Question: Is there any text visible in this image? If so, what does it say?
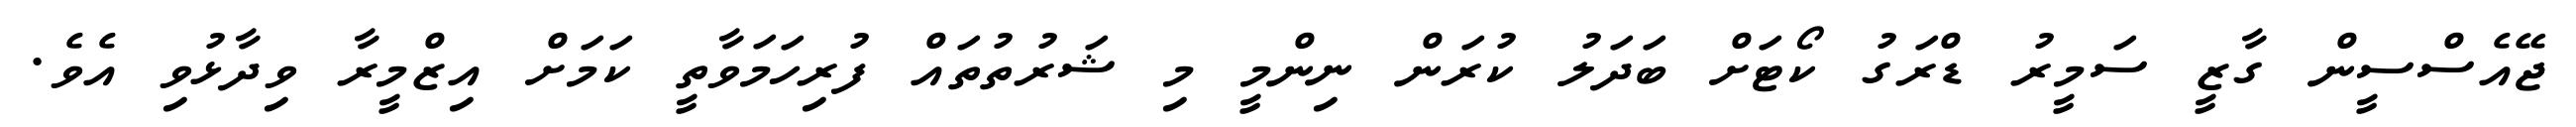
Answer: ޖޭއެސްސީން ގާޒީ ސަމީރު ޑްރަގު ކޯޓަށް ބަދަލު ކުރަން ނިންމީ މި ޝަރުތުތައް ފުރިހަމަވާތީ ކަމަށް އިޒްމީރާ ވިދާޅުވި އެވެ.